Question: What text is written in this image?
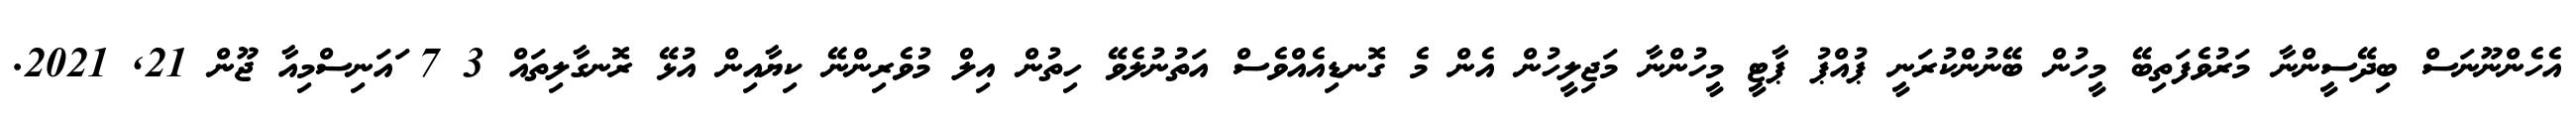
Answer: އެހެންނޫނަސް ބިދޭސީންނާ މަރުވެފަތިބޭ މީހުން ބޭނުންކުރަނީ ޕުއްޕު ޕާޓީ މީހުންނާ މަޖިލީހުން އެން މެ ގޮނޑިއެއްވެސް އަތުނުލެވޭ ހިތުން އިލް މުވެރިންނޭ ކިޔާއިން އުޅޭ ރޮނގާލިތައް 3 7 ައަނިސްމިއާ ޖޫން 21, 2021.